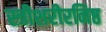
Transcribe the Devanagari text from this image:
स्त्रीशरीरनिष्ठ